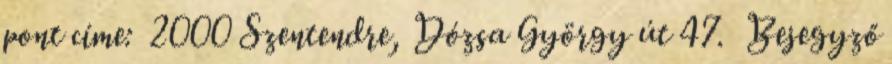
pont címe: 2000 Szentendre, Dózsa György út 47. Bejegyző